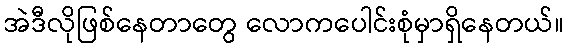
အဲဒီလိုဖြစ်နေတာတွေ လောကပေါင်းစုံမှာရှိနေတယ်။